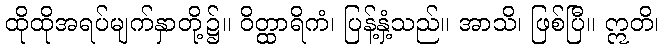
ထိုထိုအရပ်မျက်နှာတို့၌။ ဝိတ္ထာရိကံ၊ ပြန့်နှံ့သည်။ အာသိ၊ ဖြစ်ပြီ။ ဣတိ၊